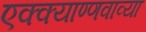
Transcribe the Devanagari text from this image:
एक्क्याण्णवाव्या